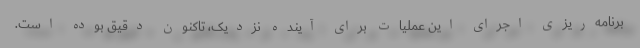
برنامه‌ریزی اجرای این عملیات برای آینده نزدیک، تاکنون دقیق بوده است.